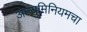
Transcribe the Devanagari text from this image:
अल्युमिनियमचा